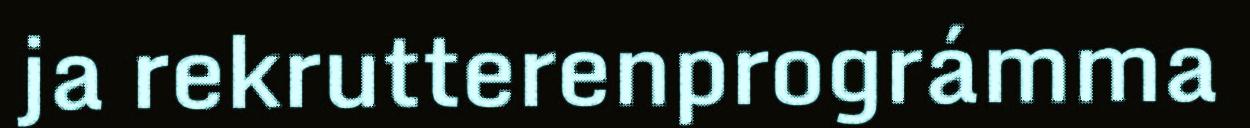
ja rekrutterenprográmma